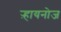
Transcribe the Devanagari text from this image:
ऱ्हायनोज